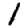
Digit: 1